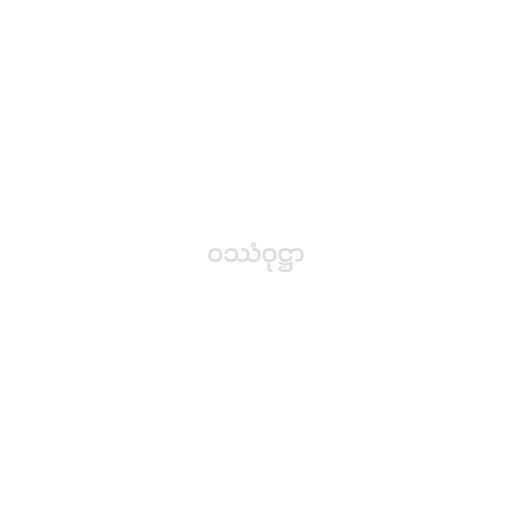
ဝဿံဝုဋ္ဌာ